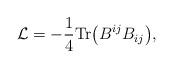
LaTeX: \begin{align*}{\cal L} = -\frac{1}{4} {\rm Tr} \bigl(B^{ij} B_{ij}\bigr),\end{align*}